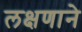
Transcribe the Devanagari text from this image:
लक्षणाने